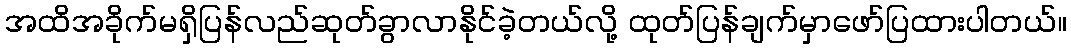
အထိအခိုက်မရှိပြန်လည်ဆုတ်ခွာလာနိုင်ခဲ့တယ်လို့ ထုတ်ပြန်ချက်မှာဖော်ပြထားပါတယ်။